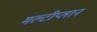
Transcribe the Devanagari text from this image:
मल्टीप्लान